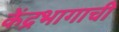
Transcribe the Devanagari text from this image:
केंद्रभागाची